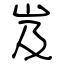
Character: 岌